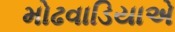
મોઢવાડિયાએ